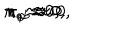
LaTeX: \pi _ { \ } \approx 0 , \hspace { 1 c m } \pi _ { a } \approx 0 , \hspace { 1 c m } \pi _ { a b } \approx 0 , \hspace { 1 c m } \pi _ { \varphi } \approx 0 .